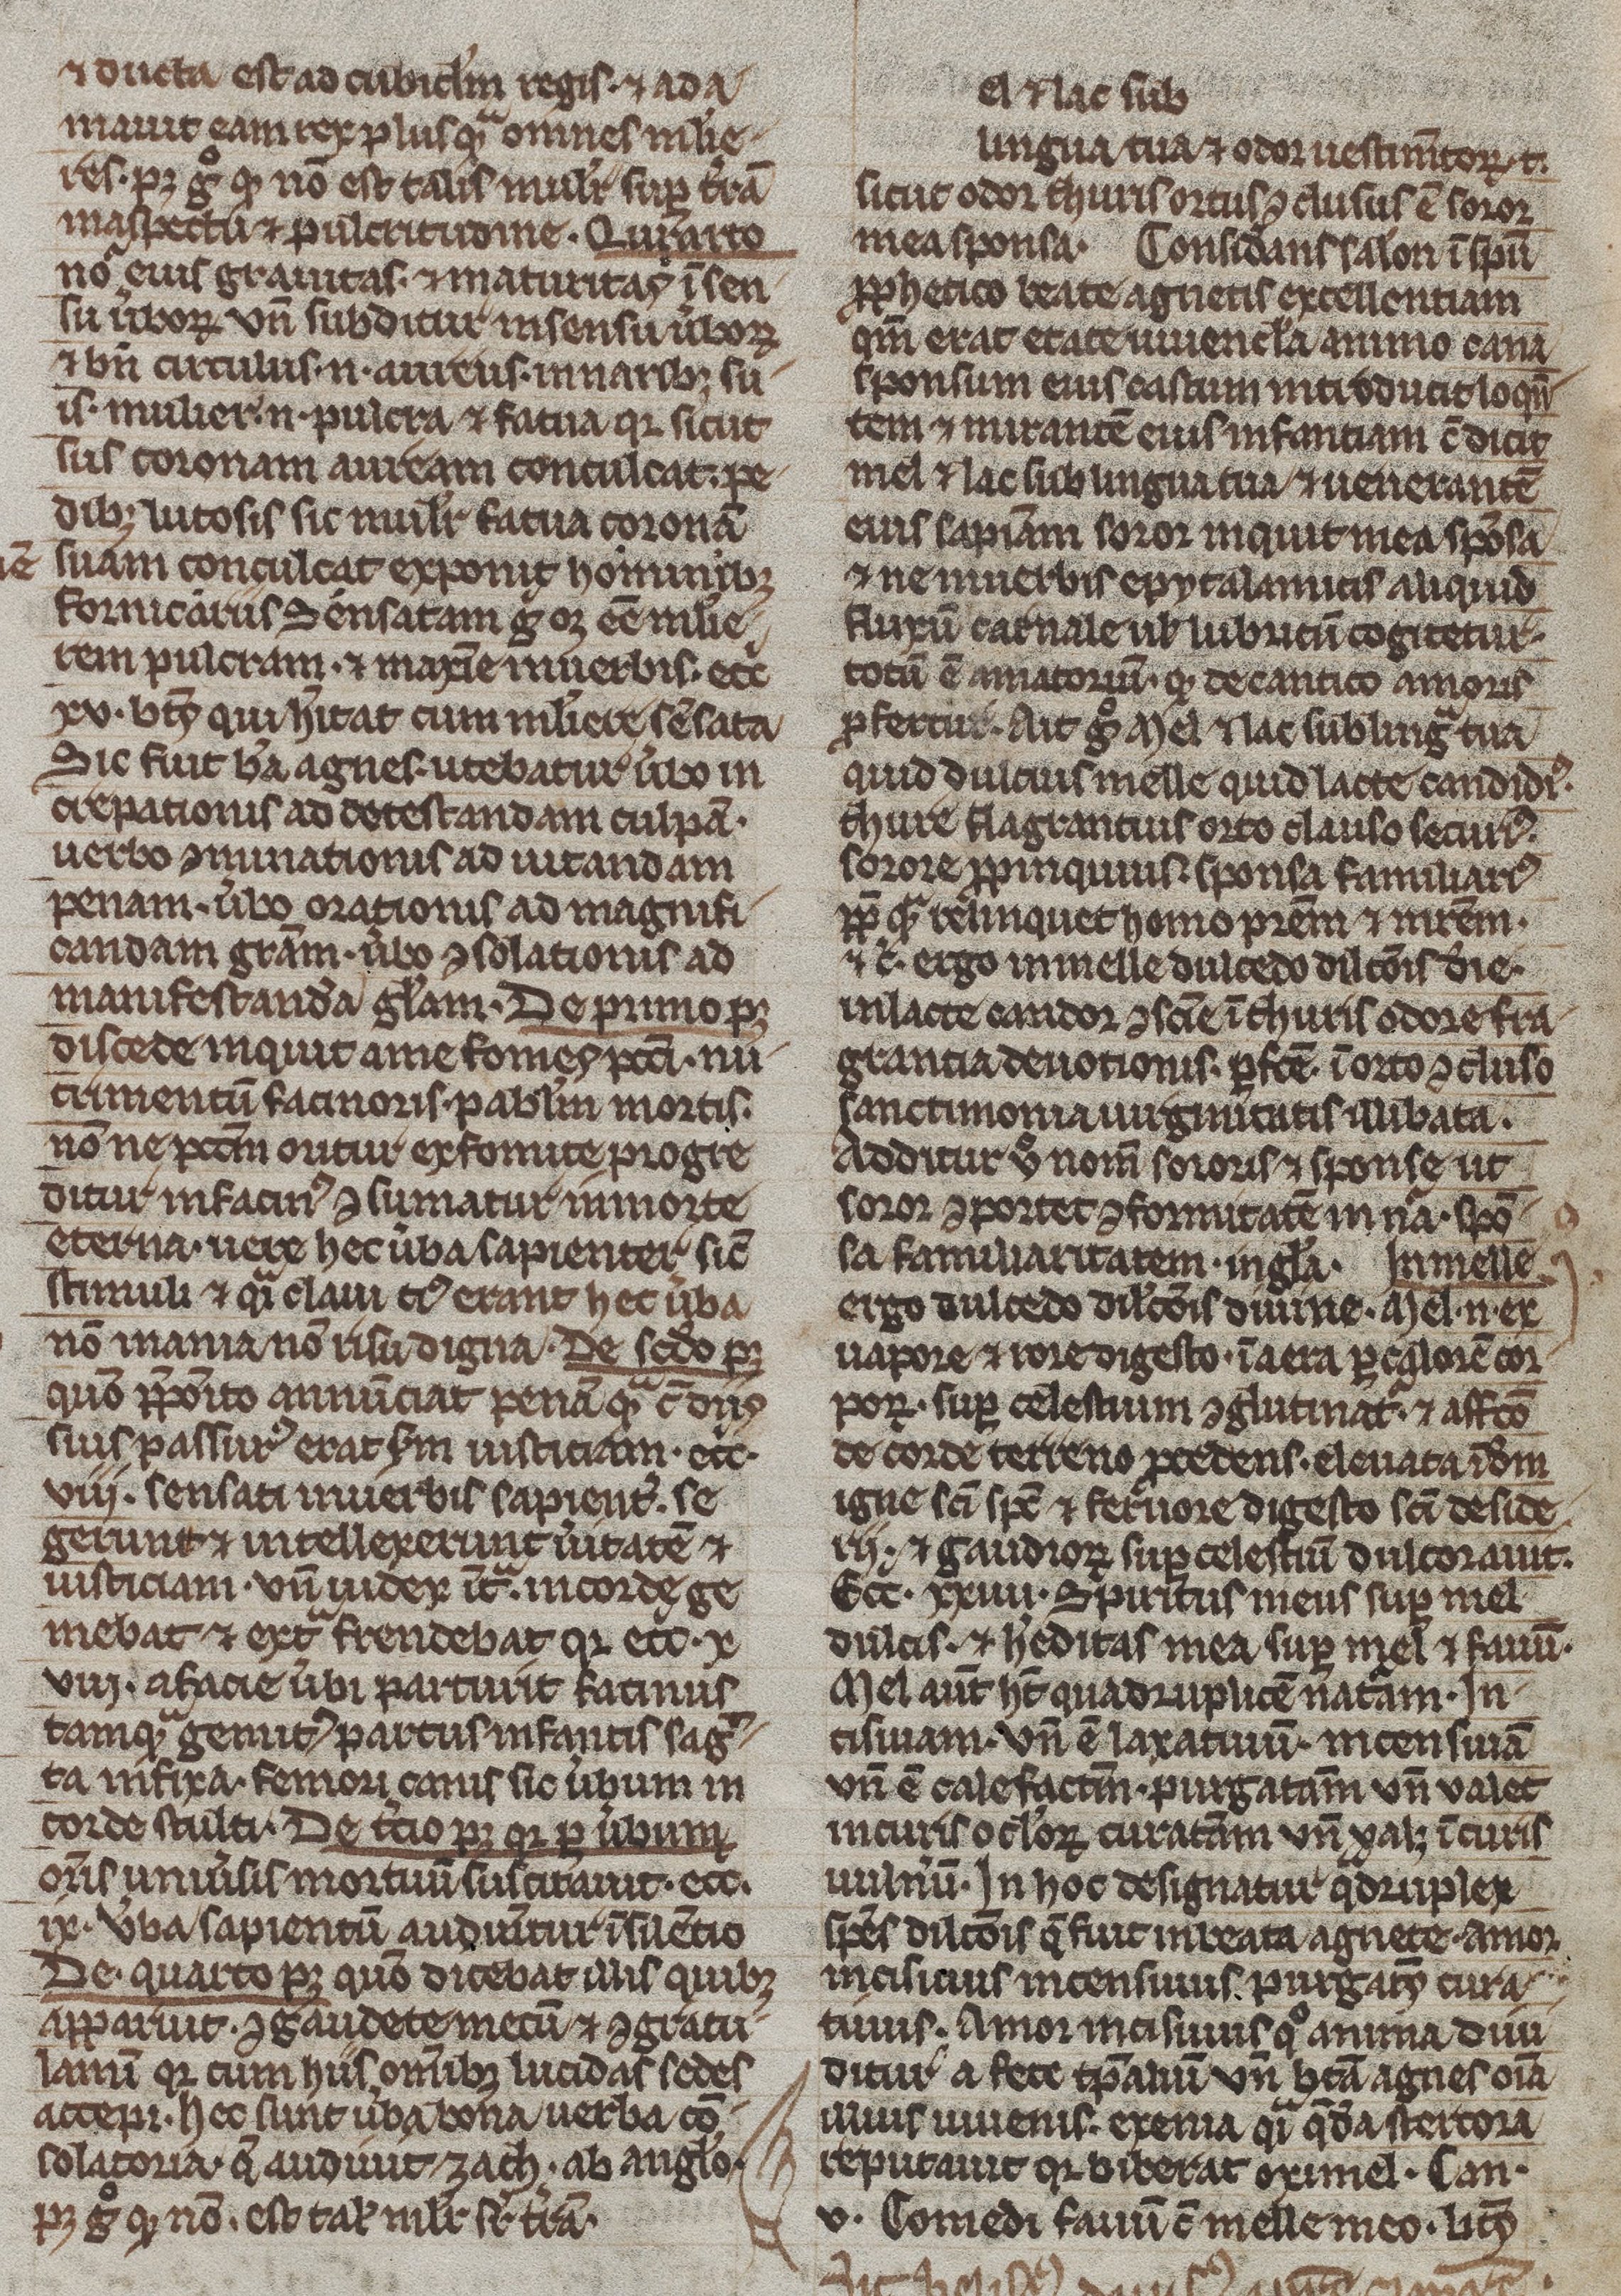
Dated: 1200–1299